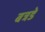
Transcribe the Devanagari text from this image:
बत्रडे